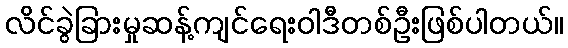
လိင်ခွဲခြားမှုဆန့်ကျင်ရေးဝါဒီတစ်ဦးဖြစ်ပါတယ်။